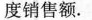
度销售额。